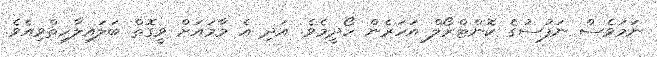
ނަމަވެސް ނަފުސުގެ ކޮންޓްރޯލް އަހަރެން ހޯދީމެވެ. އަދި އެ މާމައަށް ވީގޮތް ބަލައިލާހިތްވިއެވެ.